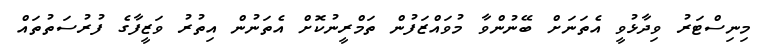
މިނިސްޓަރު ވިދާޅުވީ އެތަނަށް ބޭނުންވާ މުވައްޒަފުން ތަމްރީނުކޮށް އެތަނުން އިތުރު ވަޒީފާގެ ފުރުސަތުތައް